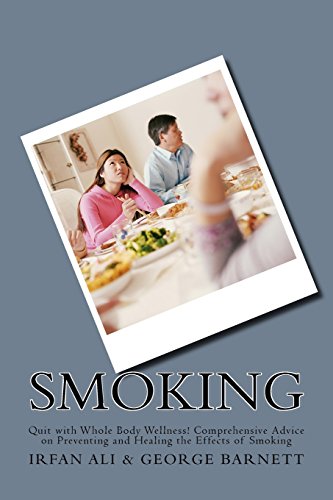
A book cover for Smoking: Quit with Whole Body Wellness! Comprehensive Advice on Preventing and Healing the Effects of Smoking (Series in Smoking Cessation, Quit Smoking) (Volume 1); Irfan Ali; Health, Fitness & Dieting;